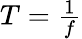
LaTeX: \textstyle T={\frac{1}{f}}